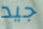
جيد